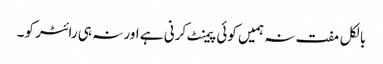
بالکل مفت نہ ہمیں کوئی پیمنٹ کرنی ہے اور نہ ہی رائٹر کو۔